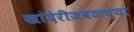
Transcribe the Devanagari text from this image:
खांदेरीजवळच्या